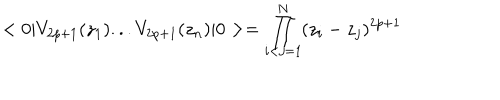
LaTeX: < 0 | V _ { 2 p + 1 } ( z _ { 1 } ) . . . V _ { 2 p + 1 } ( z _ { n } ) | 0 > = \prod _ { i < j = 1 } ^ { N } ( z _ { i } - z _ { j } ) ^ { 2 p + 1 }